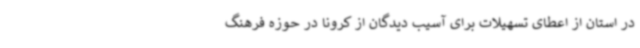
در استان از اعطای تسهیلات برای آسیب دیدگان از کرونا در حوزه فرهنگ